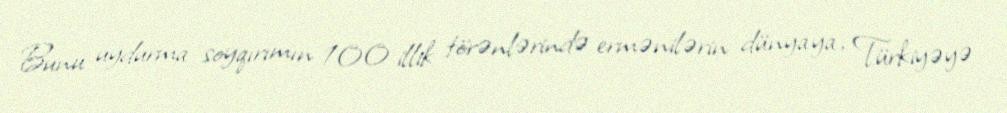
Bunu uydurma soyqırımın 100 illik törənlərində ermənilərin dünyaya, Türkiyəyə